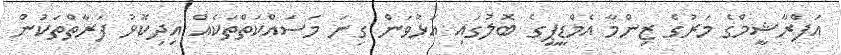
އަފްރާޝީމްގެ މަރުގެ ޒިންމާ އެމްޑީޕީގެ ބޮލުގައި އަޅުވަން ގިނަ މަސައްކަތްތަކެއް އިދިކޮޅު ފަރާތްތަކުން